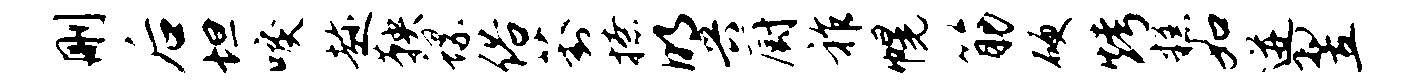
删后坦唳趁鞅螺俗葑撩明兴厨祚幌筋硬烤糕如迸翌